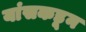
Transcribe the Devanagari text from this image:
यांसकडून